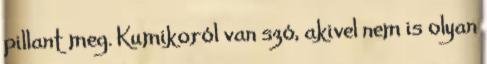
pillant meg. Kumikoról van szó, akivel nem is olyan